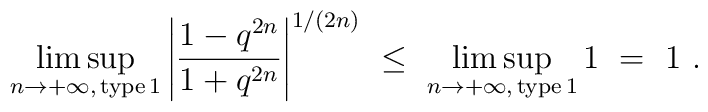
\limsup_{n\to+\infty,\, {\rm type\, 1}} \left|  \frac {1-q^{2n}}{1+q^{2n}} \right|^{1/(2n)}\ \le\ \limsup_{n\to+\infty,\, {\rm type\, 1}} 1\ =\ 1\ .